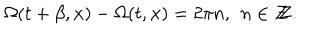
LaTeX: \Omega ( t + \beta , { \bf x } ) - \Omega ( t , { \bf x } ) = 2 \pi n , \, \ n \in Z \! \! \! Z .